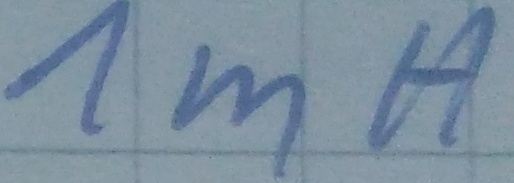
Text: 1mH